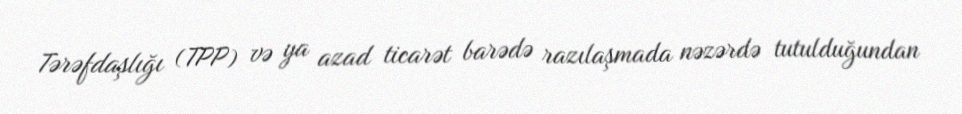
Tərəfdaşlığı (TPP) və ya azad ticarət barədə razılaşmada nəzərdə tutulduğundan